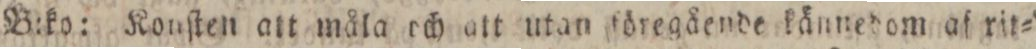
B:ko: Konſten att måla och att utan föregående kånnedom af rit=